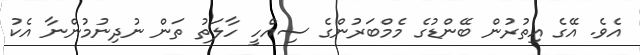
އެވެ. އޭގެ އިތުރުން ބޭންޑުގެ މެމްބަރުންގެ ސިއްހީ ހާލަތު ތަން ނުދިނުމުންނާ އެކު